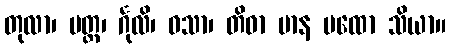
တုလာ၊ ပတ္ထ၊ င်္ဂုလိ၊ ဝသာ၊ တိဓာ မာန မထော သိယာ။